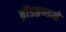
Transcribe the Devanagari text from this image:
ब्रॉडब्रण्डने